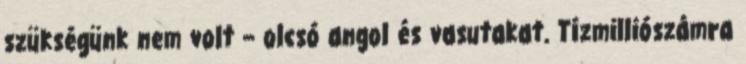
szükségünk nem volt – olcsó angol és vasutakat. Tízmilliószámra